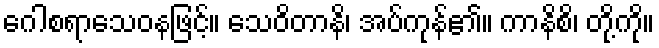
ဂေါစရာသေဝနဖြင့်။ သေဝိတာနိ၊ အပ်ကုန်၏။ ကာနိစိ၊ တို့ကို။